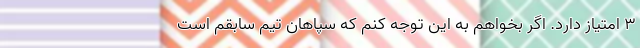
3 امتیاز دارد. اگر بخواهم به این توجه کنم که سپاهان تیم سابقم است